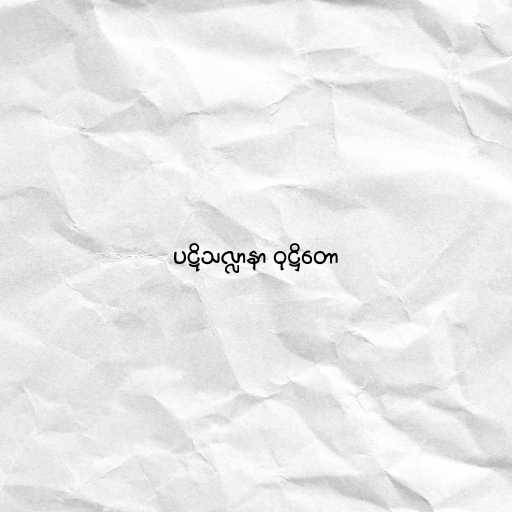
ပဋိသလ္လာနာ ဝုဋ္ဌိတော